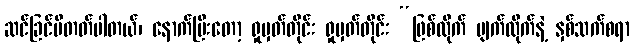
ဆင်ခြင်မိတတ်ပါတယ်၊ နောက်ပြီးတော့ ရှုမှတ်တိုင်း ရှုမှတ်တိုင်း “ဖြစ်လိုက် ပျက်လိုက်နဲ့ နှစ်သက်စရာ